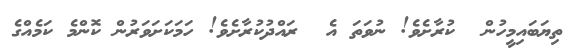
ތިޔަބައިމީހުން  ކުރާށެވެ! ނުވަތަ އެ  ރައްދުކުރާށެވެ! ހަމަކަށަވަރުން ކޮންމެ ކަމެއްގެ